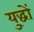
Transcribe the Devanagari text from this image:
यु्द्धों